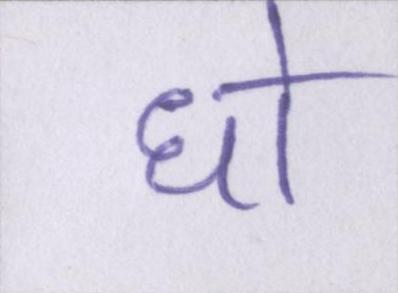
धो